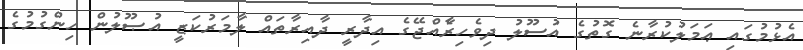
އެޅުމުގައި ޢަމަލުކުރާނެ ގޮތުގެ އުސޫލު ދިވެހިރާެއްޖޭގެ އިދާރީ ދާއިރާތައް ލާމަރުކަޒީ އުޞޫލުން ހިންގުމުގެ